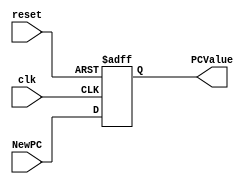
/******************************************************************
* Description
*	This is a register of 32-bit that corresponds to the PC counter. 
*	This register does not have an enable signal.
* Version:
*	1.0
* Author:
*	Dr. Jos Luis Pizano Escalante
* email:
*	luispizano@iteso.mx
* Date:
*	01/03/2014
******************************************************************/

module PC_Register
#(
	parameter N=32
)
(
	input clk,
	input reset,
	input  [N-1:0] NewPC,
	
	
	output reg [N-1:0] PCValue
);

always@(negedge reset or posedge clk) begin
	if(reset==0)
		PCValue <= 0;
		//PCValue <= 6'h400000;//Inicio de memoria del programa (puede variar)
	else	
		PCValue<=NewPC;
end

endmodule